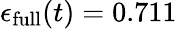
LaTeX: \epsilon_{\mathrm{full}}(t)=0.711